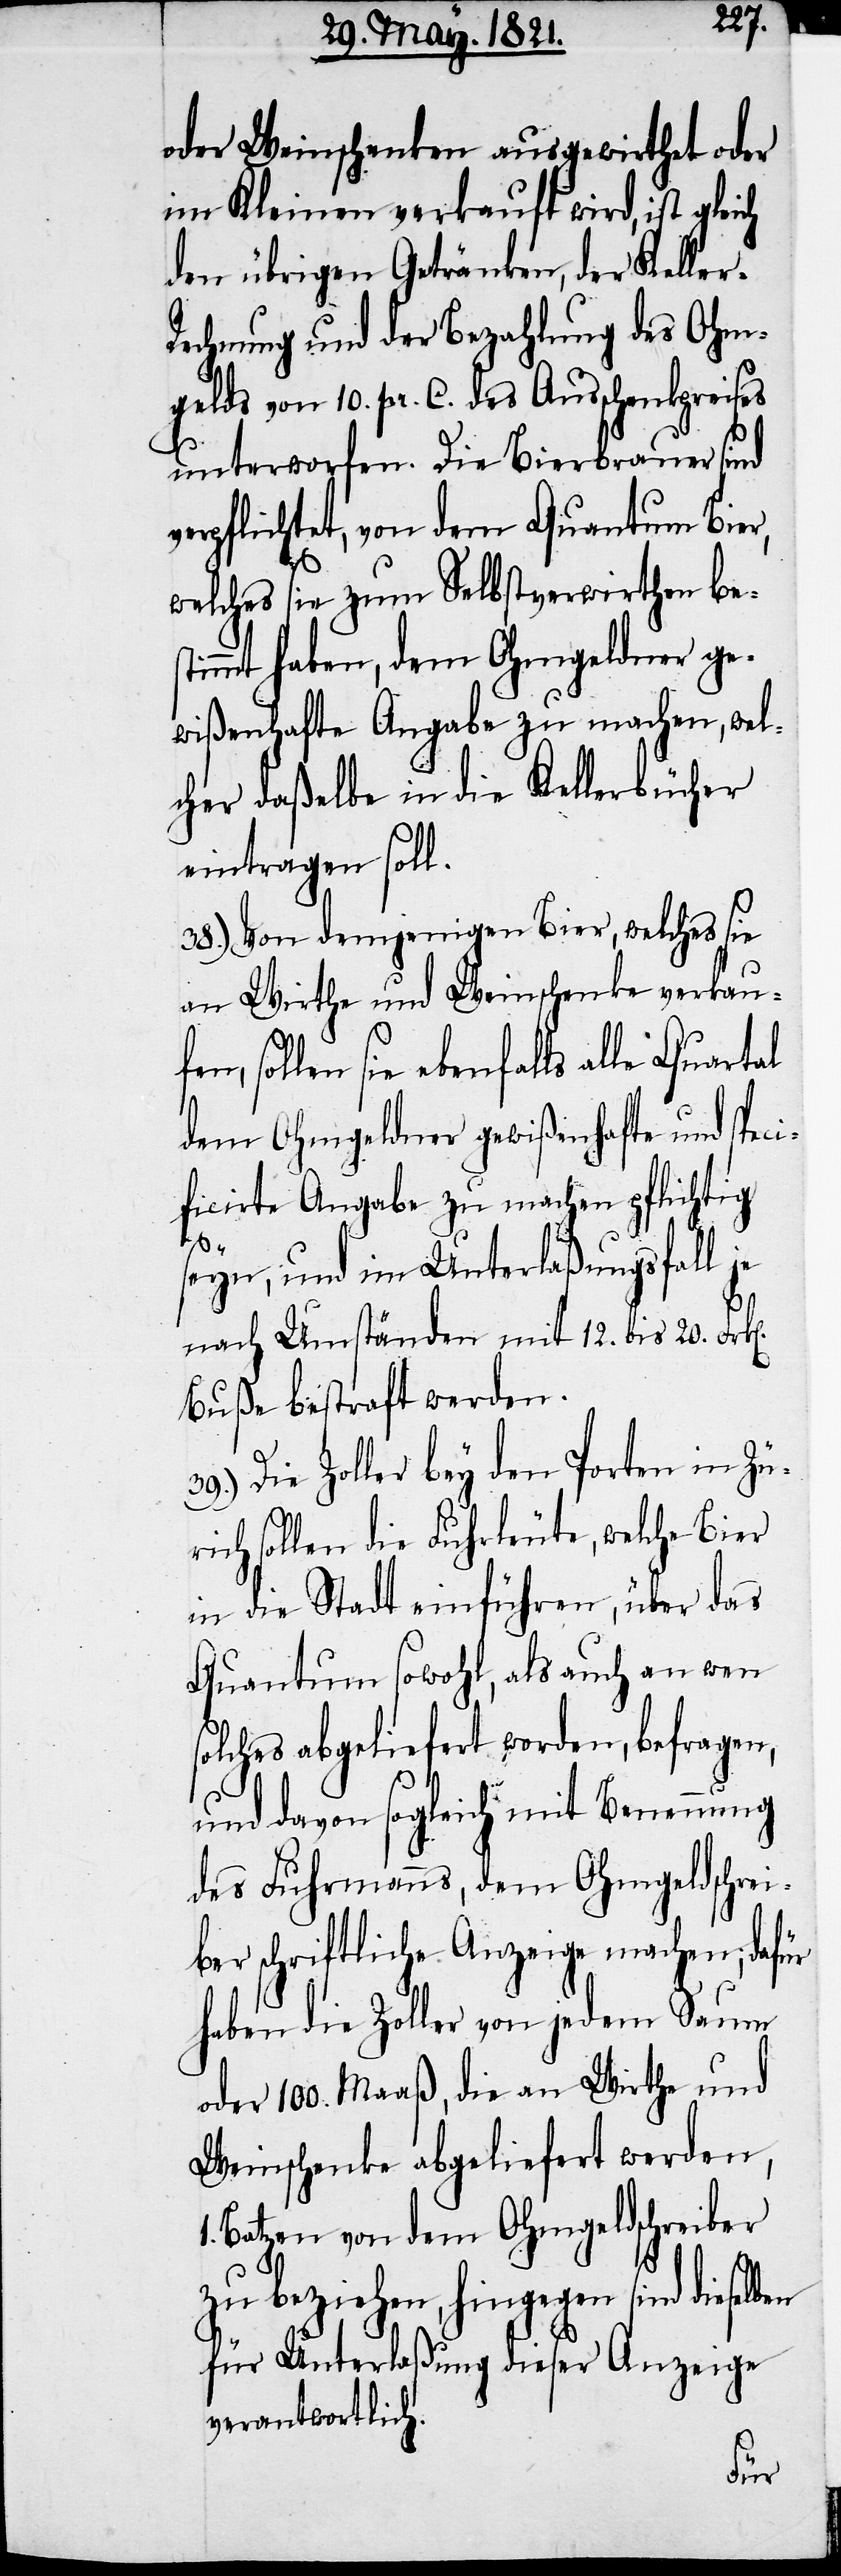
oder Weinschenken ausgewirthet oder
im Kleinen verkauft wird, ist glei¬
den übrigen Getränken, der Keller-R¬
echnung und der Bezahlung des Ohm¬
gelds von 10. pr. C. des Ausschenkpreises
unterworfen. Die Bierbrauer sind
verpflichtet, von dem Quantum Bier,
welches sie zum Selbstverwirthen bes¬
timmt haben, dem Ohmgeldner ge¬
wißenhafte Angabe zu machen, wel¬
cher daßelbe in die Kellerbücher
eintragen soll.
38.) Von demjenigen Bier, welches sie
an Wirthe und Weinschenke verkauf¬
en, sollen sie ebenfalls alle Quartal
dem Ohmgeldner gewißenhafte und spe¬
cielle Angabe zu machen pflichtig
s¬
seyn, und im Unterlaßungsfall je
nach Umständen mit 12. bis 20. Frk[e¬
Buße bestraft werden.
Die Zoller bey den Pforten in Zür¬
ich sollen die Fuhrleute, welche Bier
in die Stadt einführen, über das
Quantum sowohl, als auch an wen
olches abgeliefert worden, befragen,
und davon sogleich mit Benennung
des Fuhrmanns, dem Ohmgeldschrei¬
ber schriftliche Anzeige machen; dafür
haben die Zoller von jedem Saum
oder 100. Maaß, die an Wirthe und
Weinschenke abgeliefert werden,
1. Batzen von dem Ohmgeldschreiber
zu beziehen, hingegen sind dieselben
für Unterlaßung dieser Anzeige
verantwortlich.

n].